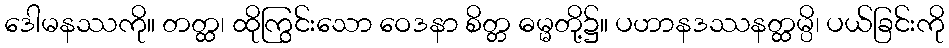
ဒေါမနဿကို။ တတ္ထ၊ ထိုကြွင်းသော ဝေဒနာ စိတ္တ ဓမ္မတို့၌။ ပဟာနဒဿနတ္ထမ္ပိ၊ ပယ်ခြင်းကို